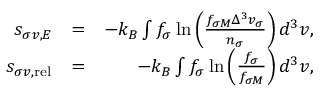
\begin{array} { r l r } { s _ { \sigma v , { \cal E } } } & { = } & { - k _ { B } \int f _ { \sigma } \ln \left( \frac { f _ { \sigma M } \Delta ^ { 3 } v _ { \sigma } } { n _ { \sigma } } \right) d ^ { 3 } v , } \\ { s _ { \sigma v , \mathrm { r e l } } } & { = } & { - k _ { B } \int f _ { \sigma } \ln \left( \frac { f _ { \sigma } } { f _ { \sigma M } } \right) d ^ { 3 } v , } \end{array}